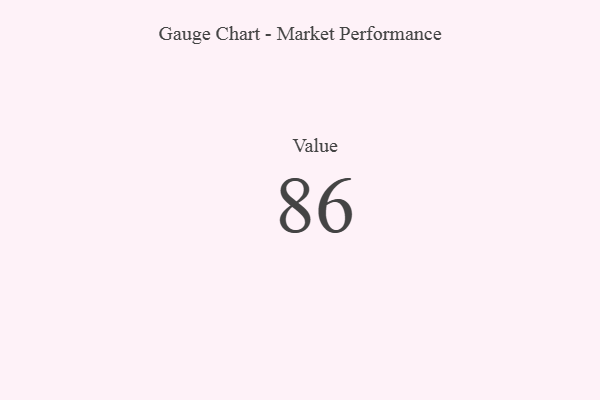
{"axis": {"x": "Metric", "y": "Value"}, "legend": [""], "data": [{"x": "Value", "y": 86, "type": ""}]}